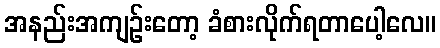
အနည်းအကျဉ်းတော့ ခံစားလိုက်ရတာပေါ့လေ။